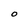
Character: O